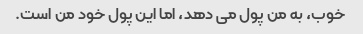
خوب، به من پول می دهد، اما این پول خود من است.